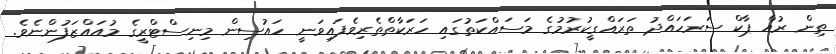
ތިން ރުއް ޕާކް ސަރަހައްދު ތަރައްގީކުރުމުގެ މަސައްކަތުގައި ހަރަކާތްތެރިވެފައިވަނީ ހައުސިން މިނިސްޓްރީގެ މުއައްޒަފުންނެވެ.